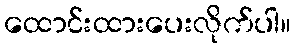
ထောင်းထားပေးလိုက်ပါ။